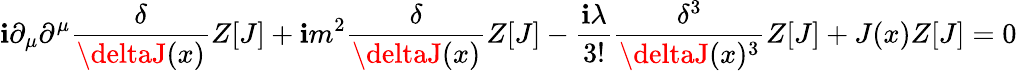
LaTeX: \mathbf{i}\partial_{\mu}\partial^{\mu}{\frac{{\delta}}{{\deltaJ(x)}}}Z[J]+\mathbf{i}m^{2}{\frac{{\delta}}{{\deltaJ(x)}}}Z[J]-{\frac{{\mathbf{i}\lambda}}{{3!}}}{\frac{{\delta^{3}}}{{\deltaJ(x)^{3}}}}Z[J]+J(x)Z[J]=0